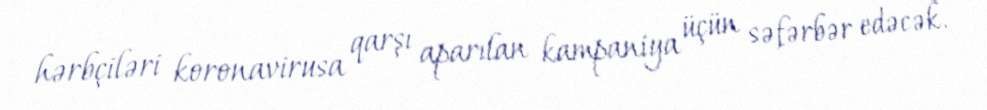
hərbçiləri koronavirusa qarşı aparılan kampaniya üçün səfərbər edəcək.